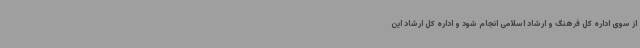
از سوی اداره کل فرهنگ و ارشاد اسلامی انجام شود و اداره کل ارشاد این